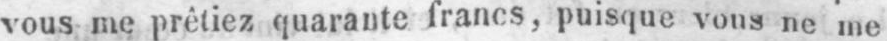
vous me prêtiez quarante francs, puisque vous ne me